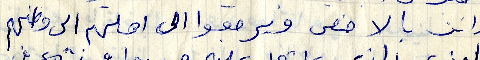
وانت بالاخص ويرجعوا الى اهلهم الى وطنهم